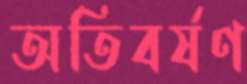
অতিবর্ষণ